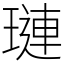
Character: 璉